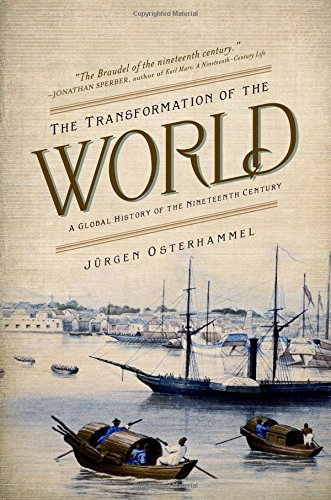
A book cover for The Transformation of the World: A Global History of the Nineteenth Century (America in the World); JÃ¼rgen Osterhammel; Business & Money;